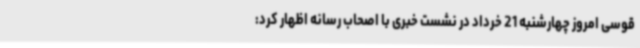
قوسی امروز چهارشنبه 21 خرداد در نشست خبری با اصحاب رسانه اظهار کرد: